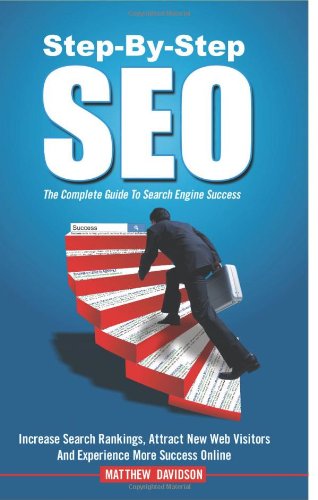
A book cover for Step-By-Step SEO: The Complete Guide To Search Engine Success; Mr. Matthew Davidson; Computers & Technology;